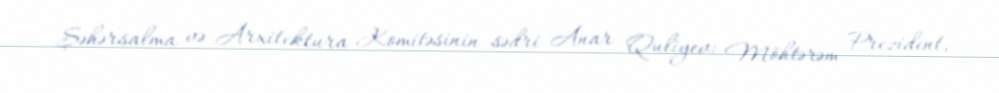
Şəhərsalma və Arxitektura Komitəsinin sədri Anar Quliyev: Möhtərəm Prezident,